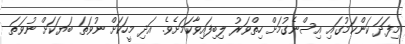
މިފަދަ ކަންކަމުގައި އިސްނެގުމަށް ހިތްވަރު ލިބިފައިވާކަމަށެވެ. އަދި މީހަކަށް ނުވަތަ ބަޔަކަށް ނުވަތަ